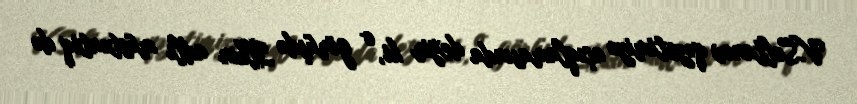
V.Soltanov qəzetimizə açıqlamasında deyir ki, o görüşdə İlkin adlı müstəntiq də